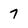
Character: 7